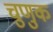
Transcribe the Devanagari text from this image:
चुणुक